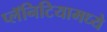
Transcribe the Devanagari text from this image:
प्लॅनिटियामध्ये